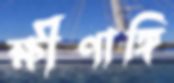
ক্ষীণাঙ্গি